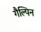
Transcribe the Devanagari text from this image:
गैल्पिन